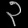
Digit: ၃